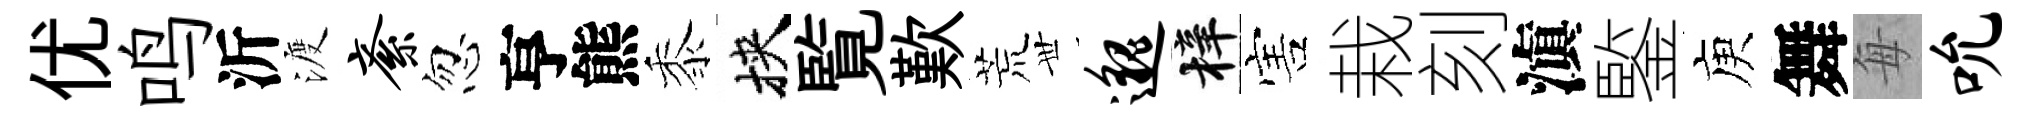
优鸣沂渡紊忽亨熊黍挾覧歎荒𠀍邈梓害栽刻滇鍳庾舞每吮